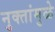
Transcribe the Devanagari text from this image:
नुक्तांमुळे